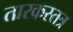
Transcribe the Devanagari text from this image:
तारकस्तत्र